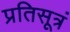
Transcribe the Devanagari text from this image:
प्रतिसूत्रं